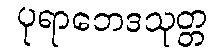
ပုရာဘေဒသုတ္တ